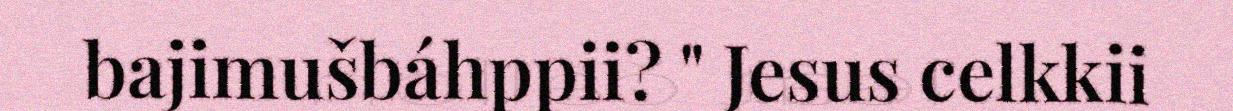
bajimušbáhppii? " Jesus celkkii